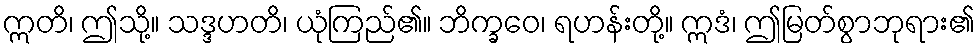
ဣတိ၊ ဤသို့။ သဒ္ဒဟတိ၊ ယုံကြည်၏။ ဘိက္ခဝေ၊ ရဟန်းတို့။ ဣဒံ၊ ဤမြတ်စွာဘုရား၏